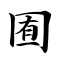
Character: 囿